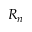
R _ { n }